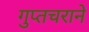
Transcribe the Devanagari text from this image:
गुप्तचराने